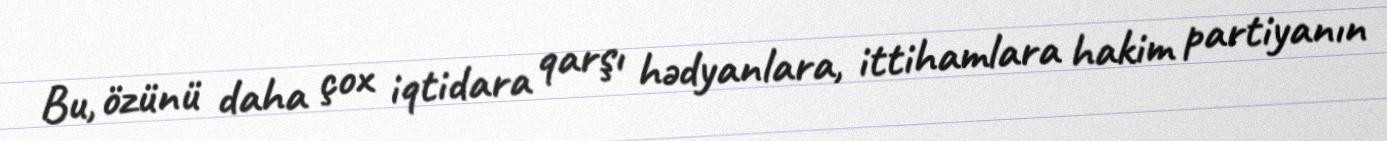
Bu, özünü daha çox iqtidara qarşı hədyanlara, ittihamlara hakim partiyanın